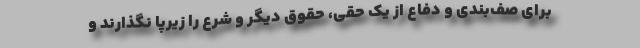
برای صف‌بندی و دفاع از یک حقی، حقوق دیگر و شرع را زیرپا نگذارند و